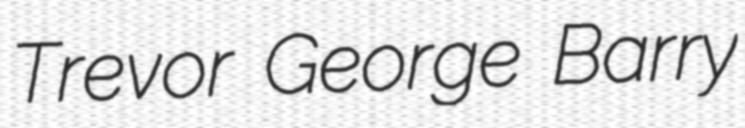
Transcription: Trevor George Barry